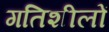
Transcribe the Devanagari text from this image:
गतिशीलों